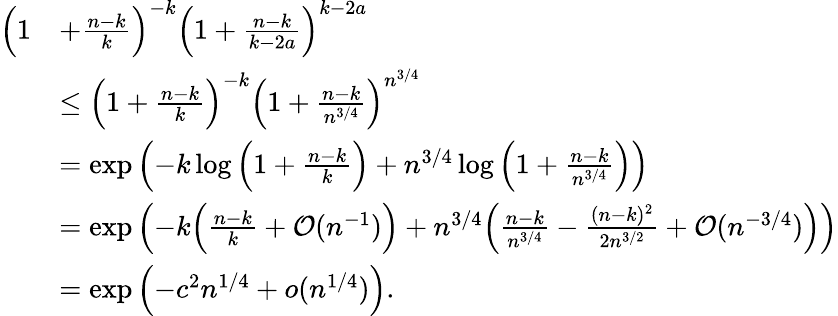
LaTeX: \begin{array}{rl}{\Big(1}&{+\frac{n-k}{k}\Big)^{-k}\Big(1+\frac{n-k}{k-2a}\Big)^{k-2a}}\\ &{\leq\Big(1+\frac{n-k}{k}\Big)^{-k}\Big(1+\frac{n-k}{n^{3/4}}\Big)^{n^{3/4}}}\\ &{=\exp\Big({-k}\log\Big(1+\frac{n-k}{k}\Big)+n^{3/4}\log\Big(1+\frac{n-k}{n^{3/4}}\Big)\Big)}\\ &{=\exp\Big({-k}\Big(\frac{n-k}{k}+\mathcal{O}(n^{-1})\Big)+n^{3/4}\Big(\frac{n-k}{n^{3/4}}-\frac{(n-k)^{2}}{2n^{3/2}}+\mathcal{O}(n^{-3/4})\Big)\Big)}\\ &{=\exp\Big({-c^{2}}n^{1/4}+o(n^{1/4})\Big).}\end{array}